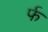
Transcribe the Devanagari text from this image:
र्फ